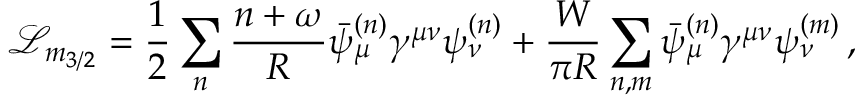
\mathcal { L } _ { m _ { 3 / 2 } } = \frac { 1 } { 2 } \sum _ { n } \frac { n + \omega } { R } \bar { \psi } _ { \mu } ^ { ( n ) } \gamma ^ { \mu \nu } \psi _ { \nu } ^ { ( n ) } + \frac { W } { \pi R } \sum _ { n , m } \bar { \psi } _ { \mu } ^ { ( n ) } \gamma ^ { \mu \nu } \psi _ { \nu } ^ { ( m ) } \, ,